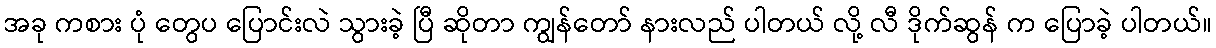
အခု ကစား ပုံ တွေပ ပြောင်းလဲ သွားခဲ့ ပြီ ဆိုတာ ကျွန်တော် နားလည် ပါတယ် လို့ လီ ဒိုက်ဆွန် က ပြောခဲ့ ပါတယ်။